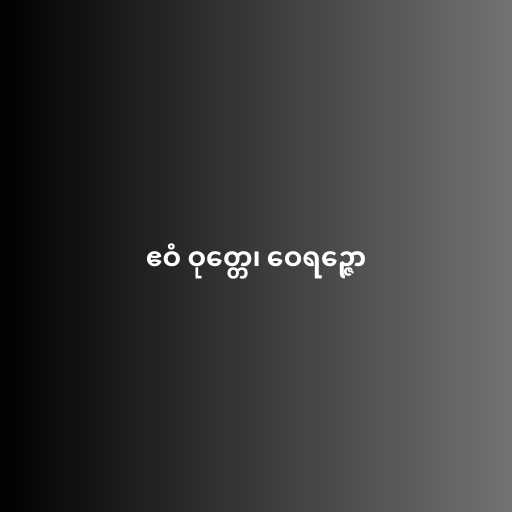
ဧဝံ ဝုတ္တေ၊ ဝေရဉ္ဇော